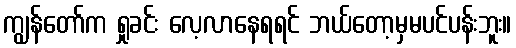
ကျွန်တော်က ရှုခင်း လေ့လာနေရရင် ဘယ်တော့မှမပင်ပန်းဘူး။